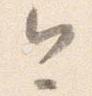
今